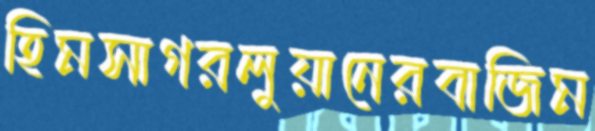
হিমসাগরলুয়ানেরবাজিম